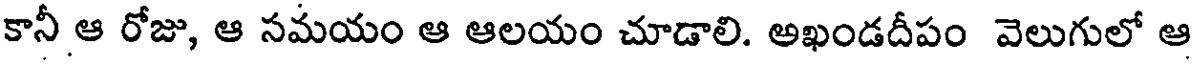
కానీ ఆ రోజు, ఆ సమయం ఆ ఆలయం చూడాలి. అఖండదీపం వెలుగులో ఆ